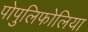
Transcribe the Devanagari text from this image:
पोपुलिफोलिया